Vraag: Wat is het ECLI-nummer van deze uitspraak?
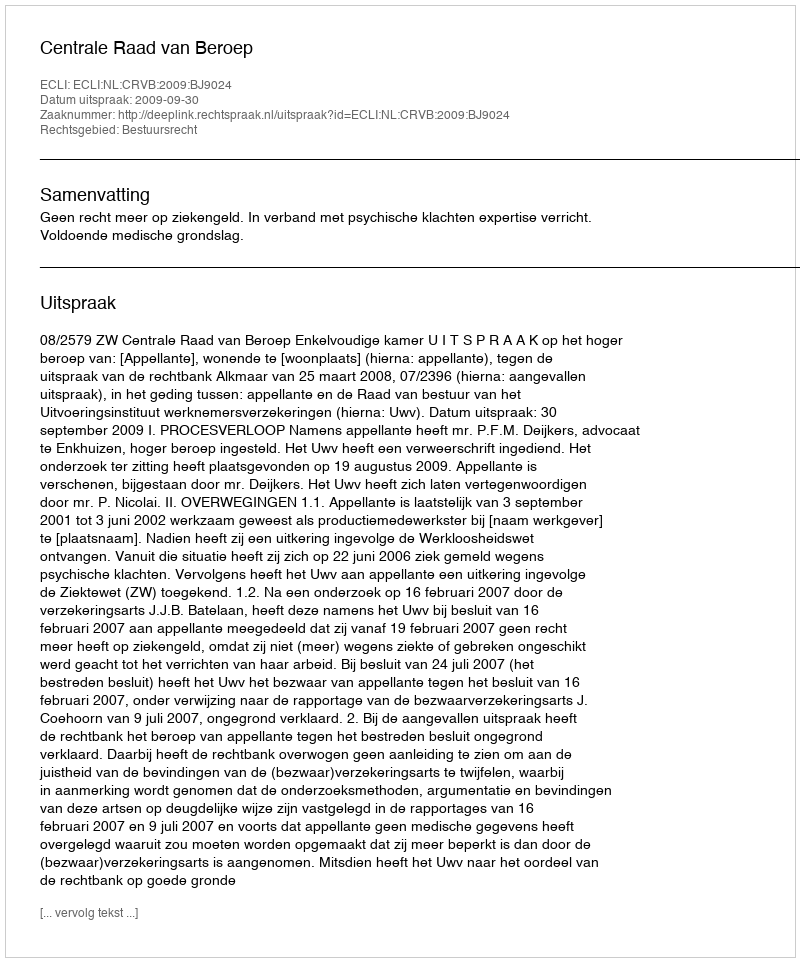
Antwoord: ECLI:NL:CRVB:2009:BJ9024